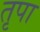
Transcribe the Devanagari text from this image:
तृपा